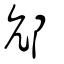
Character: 邟